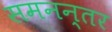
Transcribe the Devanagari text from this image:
समनन्तर